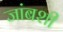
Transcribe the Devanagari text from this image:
जांबशी